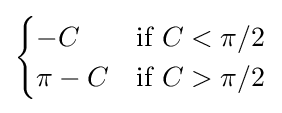
{\begin{cases}-C&{\text{if }}C<\pi /2\\\pi -C&{\text{if }}C>\pi /2\end{cases}}